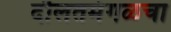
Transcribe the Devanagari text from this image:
दौलतमंगळचा